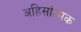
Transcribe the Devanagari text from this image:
अहिसांत्मक